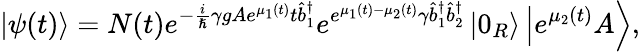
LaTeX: \left\vert\psi(t)\right\rangle=N(t)e^{-\frac{i}{\hslash}\gamma gAe^{\mu_{1}(t)}t\hat{b}_{1}^{\dagger}}e^{e^{\mu_{1}(t)-\mu_{2}(t)}\gamma\hat{b}_{1}^{\dagger}\hat{b}_{2}^{\dagger}}\left\vert 0_{R}\right\rangle\left\vert e^{\mu_{2}(t)}A\right\rangle,